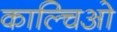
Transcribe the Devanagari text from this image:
काल्चिओ